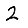
Digit: 2